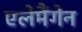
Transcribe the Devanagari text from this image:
एलेमैंगेन